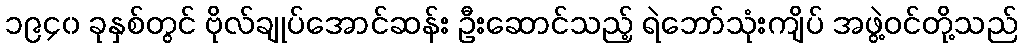
၁၉၄၀ ခုနှစ်တွင် ဗိုလ်ချုပ်အောင်ဆန်း ဦးဆောင်သည့် ရဲဘော်သုံးကျိပ် အဖွဲ့ဝင်တို့သည်